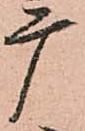
广